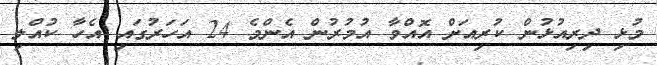
މުޅި ދިރިއުޅުން ކުރިއަށް އޮއްވާ އުމުރުން އެންމެ 24 އަހަރުގައި އެހާ ކުއްލި